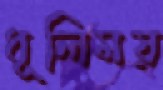
ধূলিময়